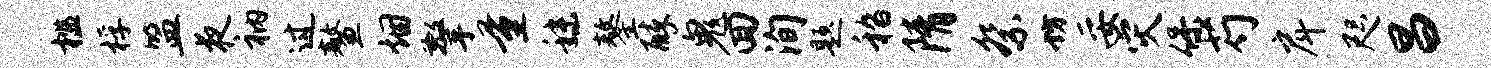
槛桴盟夜衲过鳌烟擎量秣鏊醉鬼回洵题嵇隋祭坊妥灾保芍戽咫昌